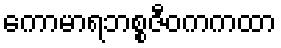
ကောမာရဘစ္စဇီဝကကထာ